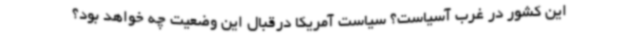
این کشور در غرب آسیاست؟ سیاست آمریکا درقبال این وضعیت چه خواهد بود؟